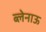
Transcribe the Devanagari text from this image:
ब्लेनाऊ